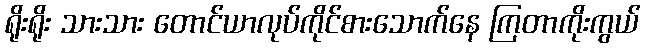
ရိုးရိုး သားသား တောင်ယာလုပ်ကိုင်စားသောက်နေ ကြတာကိုးကွယ်